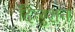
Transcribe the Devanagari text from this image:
दिलुशन